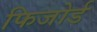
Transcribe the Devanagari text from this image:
फिजोर्ड